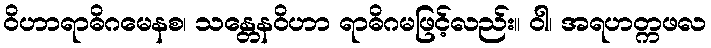
ဝိဟာရာဓိဂမေနစ၊ သန္တေနဝိဟာ ရာဓိဂမဖြင့်လည်း။ ဝါ၊ အရဟတ္ကဖလ